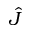
\hat { J }